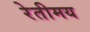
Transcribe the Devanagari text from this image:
रेतीमय